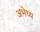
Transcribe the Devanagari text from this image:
अभेध्य